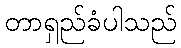
တာရှည်ခံပါသည်